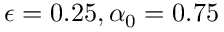
\epsilon = 0 . 2 5 , \alpha _ { 0 } = 0 . 7 5